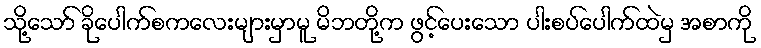
သို့သော် ခိုပေါက်စကလေးများမှာမူ မိဘတို့က ဖွင့်ပေးသော ပါးစပ်ပေါက်ထဲမှ အစာကို